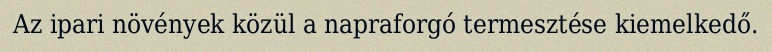
Az ipari növények közül a napraforgó termesztése kiemelkedő.